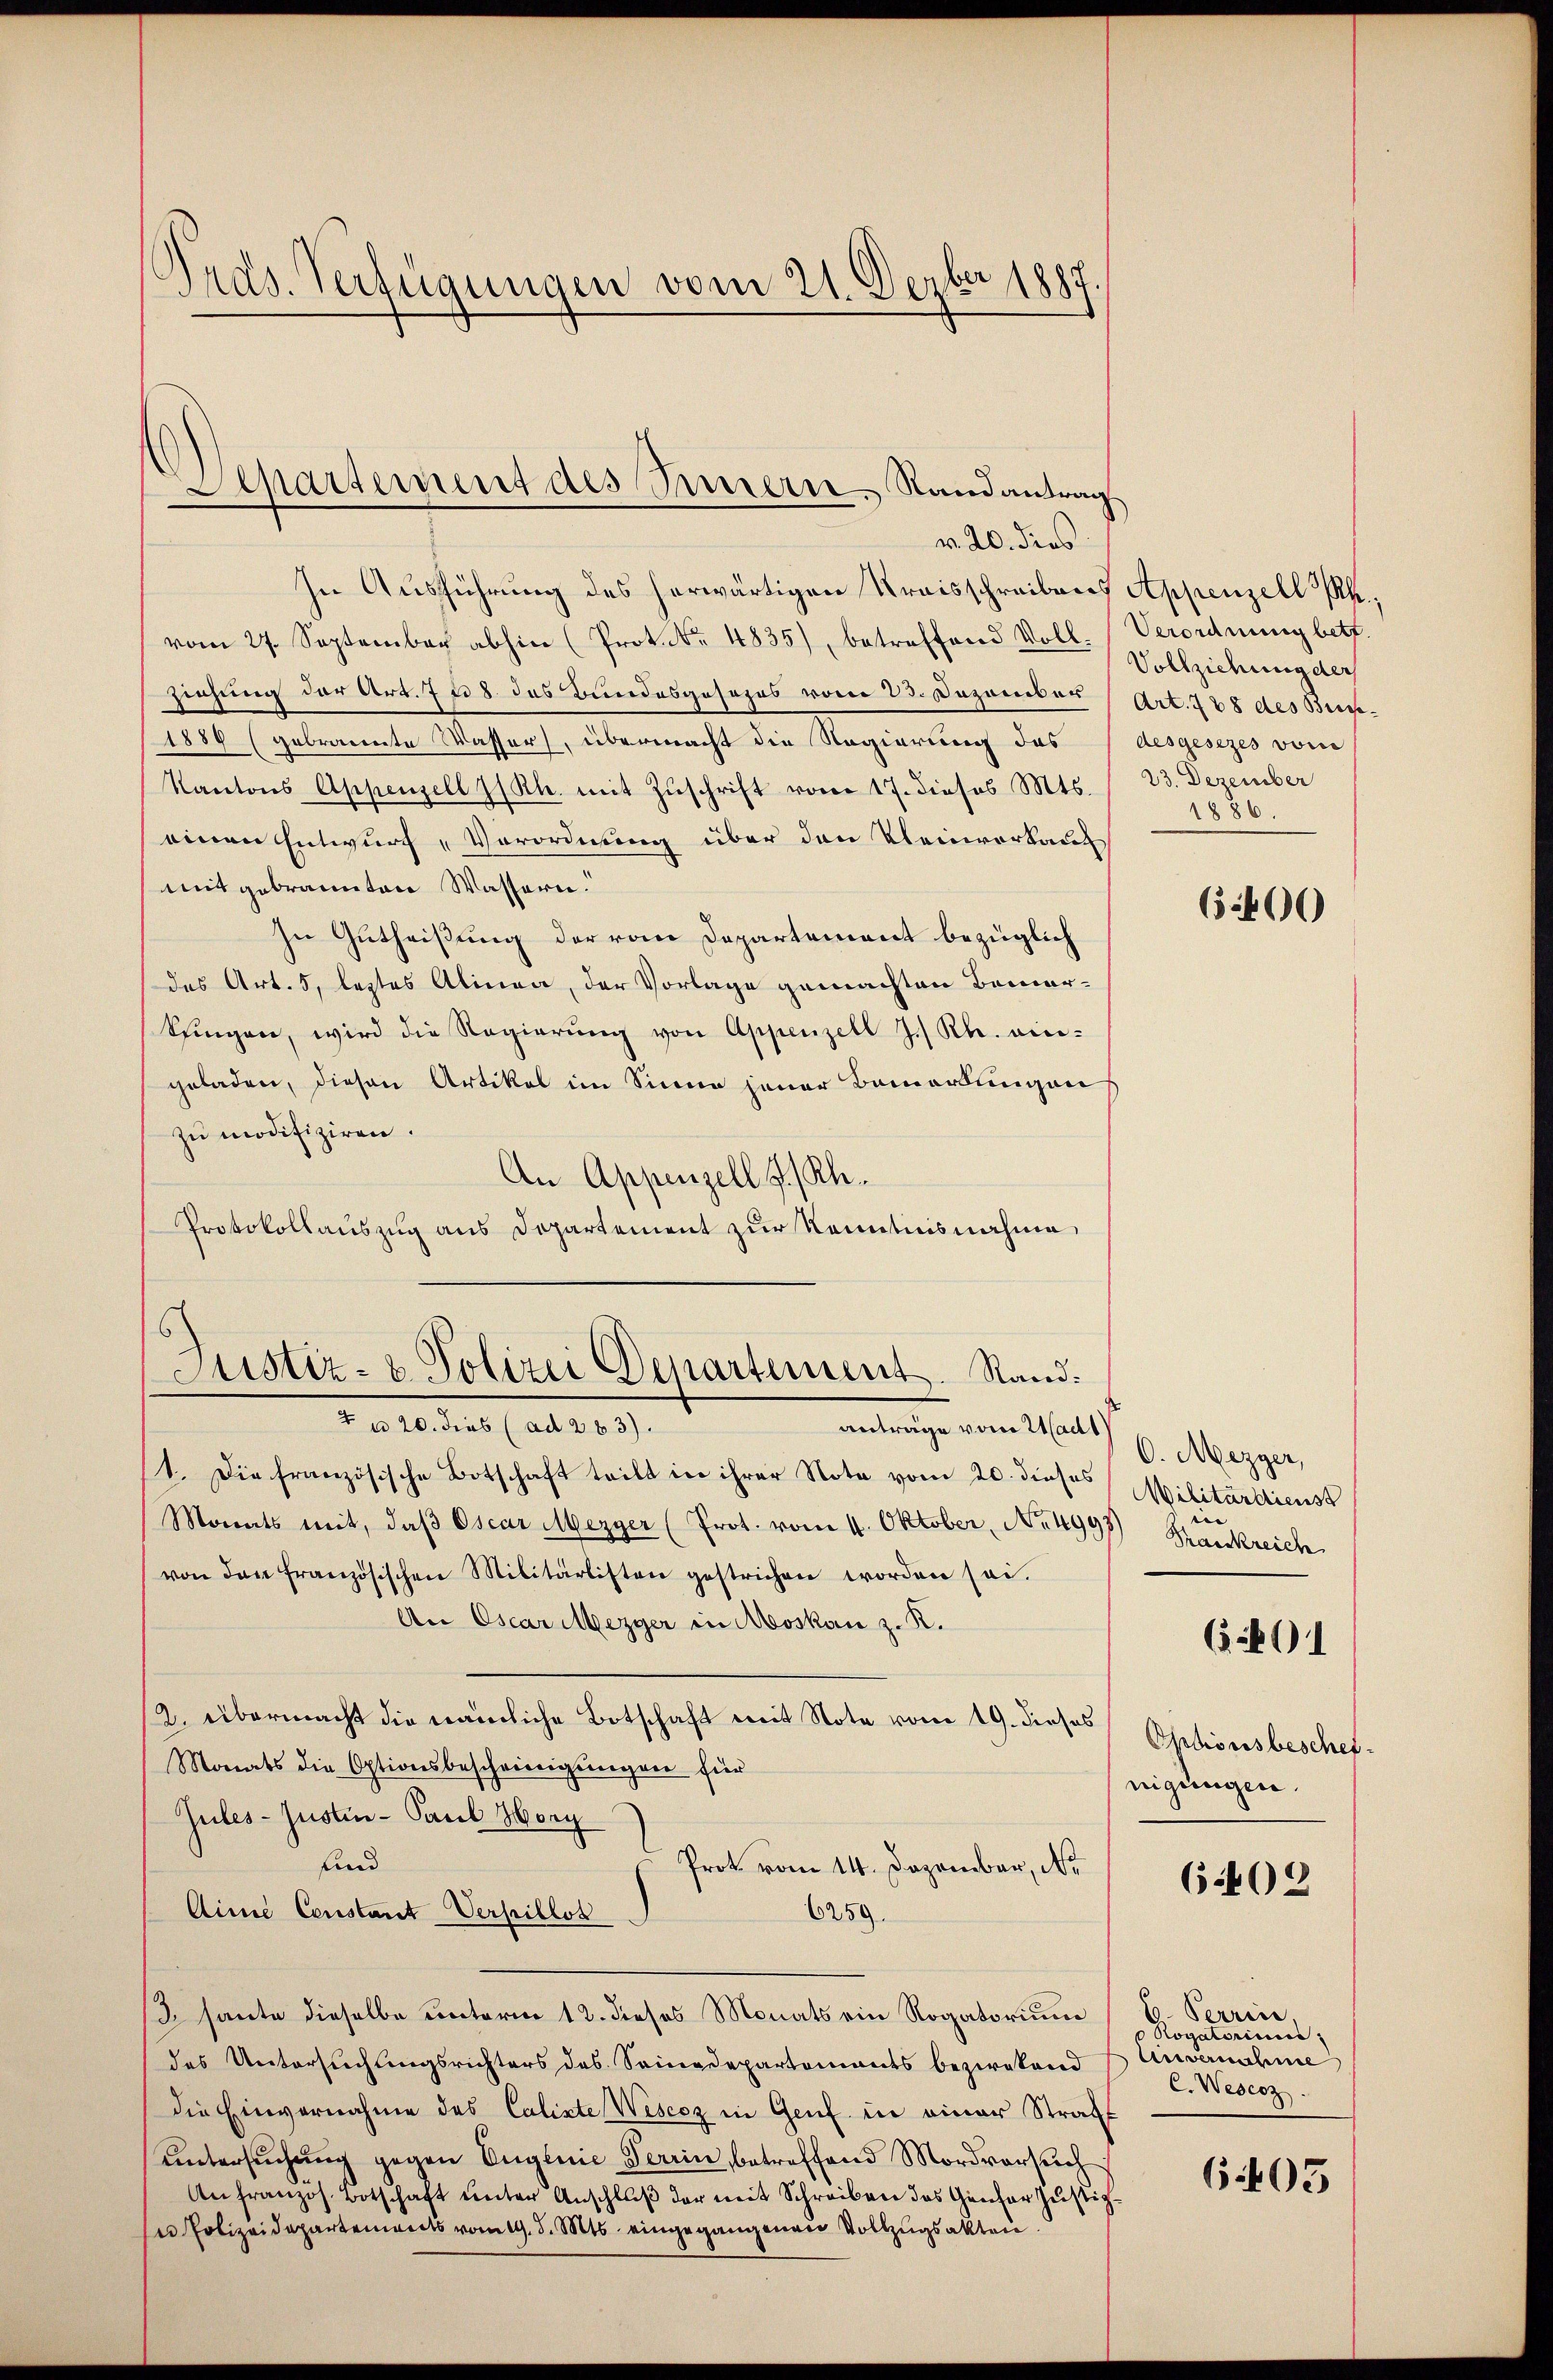
Ords-Verfügungen vom 21. Dezbr 1887.

Separtement des Innern Randantrag
v. 20. dies

In Ausführung des herwärtigen Kraisschreibens
vom 27. September abhin (Prot. No. 4835), betreffend Voll-Verordnung betr.
ziehung der Art. 728. das Bundesgesezes vom 23. Dezember
1889 (gebracente Wasser, übermacht die Regierung des
Kantons Appenzell I/Rh. mit Zŭschrift vom 17. dieses Mts.
einen Entwurf „Verordnung über den Kleinverkauf
mit gebrannten Wassern.
In Gutheißung der vom Departement bezüglich
(das Art. 5, letztes Alinea, der Vorlage gemachten Bemer-
Sfingen, wird die Regierŭng von Appenzell J. Rh. ein-
geladen, diesen Artikel im Sinne jener Bemerkungen
zu modifiziren.
An Appenzell I.Rh.
Protokollauszug aus Departement zur Kenntnisnahme,
Justiz- & Polizei Departement. Sand¬
Fall der hat 189.
anträge von Wadt
1. Die französische Botschaft teilt in ihrer Note vom 20. dieses
Monats mit, daβ Oscar Mezger (Prot. vom 11. Oktober, No. 4997) Krankreich
von den französischen Militärlisten gestrichen worden sei.
An Oscar Mezger in Moskau z. R.
2. übermacht die nämliche Botschaft mit Note vom 19. dieses
Monats die Optionsbescheinigungen für
Jules-Justin- Paul Horg
uind
Prot vom 14. Dezember, Nr
Aine Constant-Versillos
6259.
3 haute dieselbe Rectorie 12. dieses Monats ein Rogatorium
des Untersuchungsrichters des Seinedepartements bezwekend
die Einvernahme des Calixte Wesenz in Genf in einer Straff
ŭntersŭchŭng gegen Englnie Terrin, betreffend Mordversuch
Anfranzös. Botschaft unter Anschluß der mit Schreiben das Genfer Justiz¬
u Polizeidepartements vom 19. d. Mts. eingegangenen Vollzugsakten.

Appenzell P.,
Vollziehung der
Art. 788 des Brisdesgesezes vom
23. Dezember
1886.

152460

O. Mezger,
Militärdienst
Optionsbeschef.
nigungen.

(5291

6402

6. Perrin
 Rogatoriums
Anvernahme
C. Wederz

605